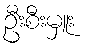
ဦးစီးမှူး